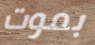
بموت